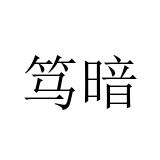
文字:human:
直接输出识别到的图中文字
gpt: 笃暗